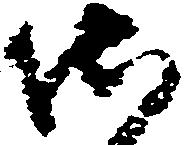
御